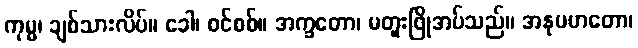
ကုမ္မ၊ ချစ်သားလိပ်။ ခေါ၊ စင်စစ်။ အက္ခတော၊ မတူးဖြိုအပ်သည်။ အနုပဟတော၊